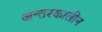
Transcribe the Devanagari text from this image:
अन्तरकालीन